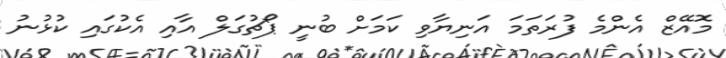
މޮއޭޒް އެންމެ ފުރަތަމަ އަނިޔާވި ކަމަށް ބުނީ ޕޯޗުގަލް އާއި އެކުގައި ކުޅުނު